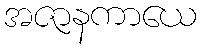
အဇာနကာယေ